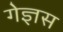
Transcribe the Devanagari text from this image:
गेज्ञस